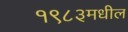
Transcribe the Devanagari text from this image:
१९८३मधील